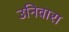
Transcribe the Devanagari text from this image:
उनिवारा